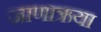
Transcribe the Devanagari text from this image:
जाणाऋया